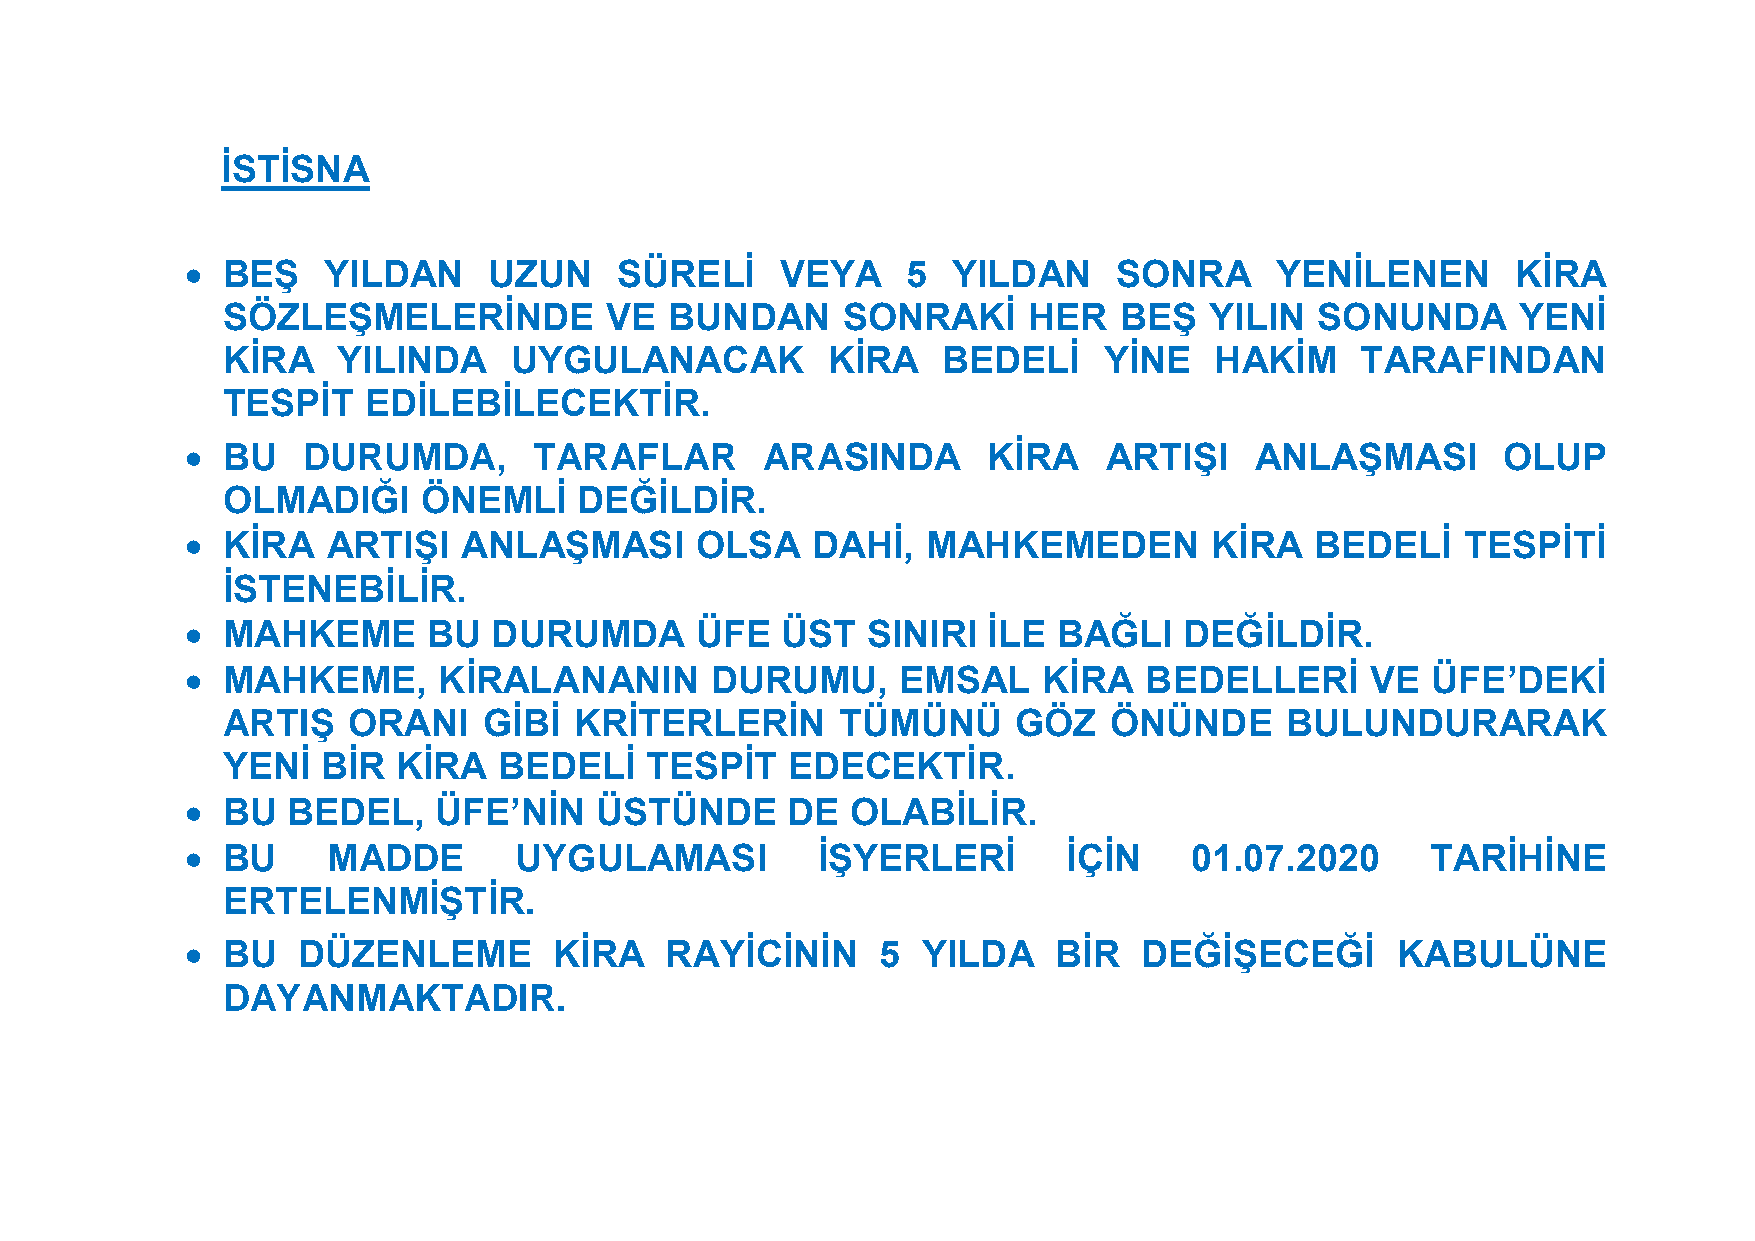
İSTİSNA
   BEŞ   YILDAN     UZUN     SÜRELİ     VEYA    5  YILDAN     SONRA     YENİLENEN       KİRA
 SÖZLEŞMELERİNDE          VE  BUNDAN      SONRAKİ     HER   BEŞ   YILIN  SONUNDA       YENİ
 KİRA   YILINDA     UYGULANACAK          KİRA   BEDELİ     YİNE   HAKİM     TARAFINDAN
 TESPİT   EDİLEBİLECEKTİR.
   BU   DURUMDA,       TARAFLAR        ARASINDA      KİRA    ARTIŞI    ANLAŞMASI       OLUP
 OLMADIĞI     ÖNEMLİ    DEĞİLDİR.
   KİRA   ARTIŞI   ANLAŞMASI      OLSA    DAHİ,  MAHKEMEDEN         KİRA   BEDELİ    TESPİTİ
 İSTENEBİLİR.
   MAHKEME      BU   DURUMDA      ÜFE   ÜST  SINIRI  İLE  BAĞLI   DEĞİLDİR.
   MAHKEME,      KİRALANANIN       DURUMU,      EMSAL    KİRA   BEDELLERİ      VE  ÜFE’DEKİ
 ARTIŞ   ORANI    GİBİ  KRİTERLERİN       TÜMÜNÜ     GÖZ   ÖNÜNDE      BULUNDURARAK
 YENİ  BİR  KİRA   BEDELİ    TESPİT   EDECEKTİR.
   BU  BEDEL,    ÜFE’NİN   ÜSTÜNDE      DE  OLABİLİR.
   BU     MADDE       UYGULAMASI          İŞYERLERİ        İÇİN    01.07.2020      TARİHİNE
 ERTELENMİŞTİR.
   BU   DÜZENLEME        KİRA   RAYİCİNİN     5  YILDA    BİR   DEĞİŞECEĞİ      KABULÜNE
 DAYANMAKTADIR.